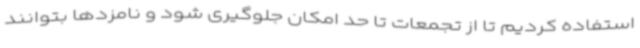
استفاده کردیم تا از تجمعات تا حد امکان جلوگیری شود و نامزدها بتوانند